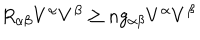
R _ { \alpha \beta } V ^ { \alpha } V ^ { \beta } \geq n g _ { \alpha \beta } V ^ { \alpha } V ^ { \beta }